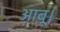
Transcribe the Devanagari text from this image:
आबू।